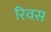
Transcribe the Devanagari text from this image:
रिवस